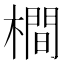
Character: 橺